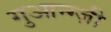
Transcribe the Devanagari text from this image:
गुआन्ग्ज़ी